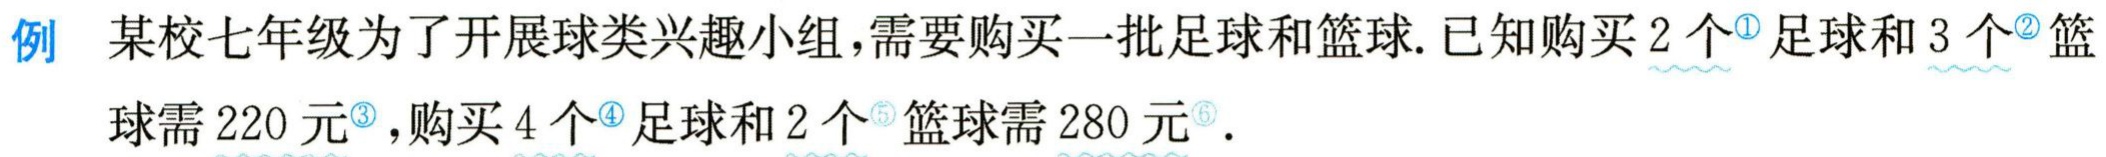
例 某校七年级为了开展球类兴趣小组，需要购买一批足球和篮球. 已知购买\(2\)个\(^{\circled{1}}\)足球和\(3\)个\(^{\circled{2}}\)篮球需\(220\)元\(^{\circled{3}}\)，购买\(4\)个\(^{\circled{4}}\)足球和\(2\)个\(^{\circled{5}}\)篮球需\(280\)元\(^{\circled{6}}\).